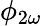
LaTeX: \phi_{2\omega}